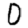
Digit: 0